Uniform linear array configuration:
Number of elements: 4
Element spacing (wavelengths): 0.75
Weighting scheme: cosine
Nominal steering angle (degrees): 30
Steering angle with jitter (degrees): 29.072
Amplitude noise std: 0.05
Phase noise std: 0.05

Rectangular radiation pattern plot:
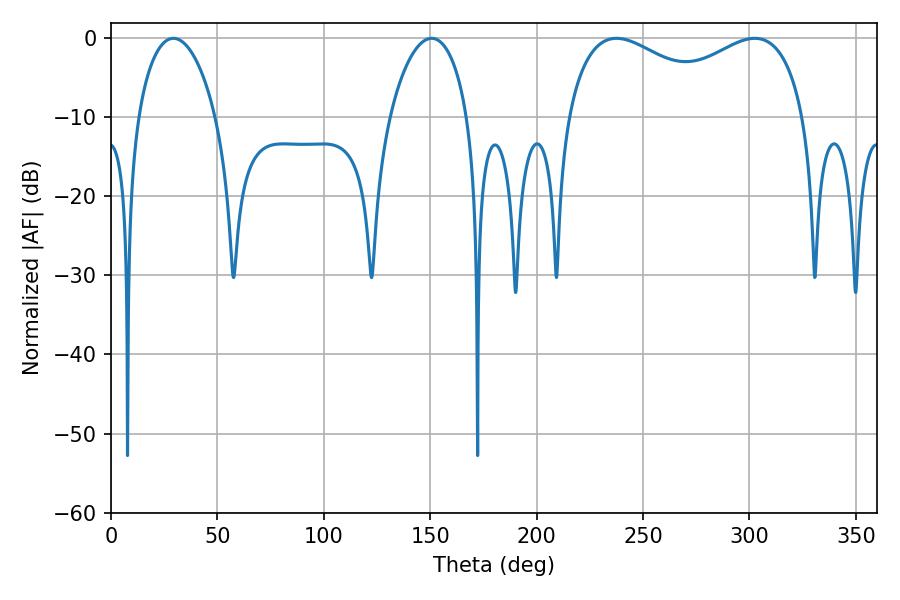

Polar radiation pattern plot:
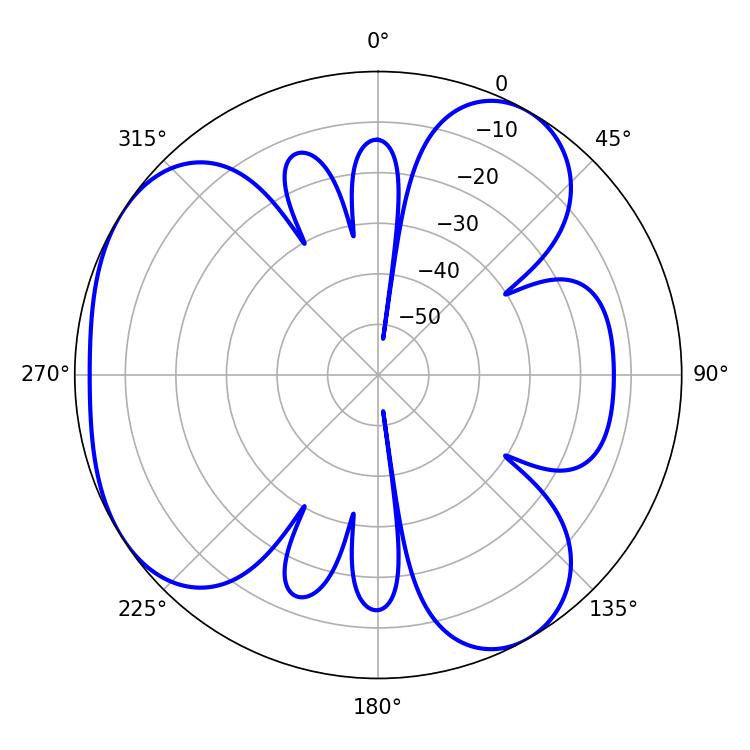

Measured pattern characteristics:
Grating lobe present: TRUE
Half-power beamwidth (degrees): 20.88
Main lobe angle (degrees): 29.34